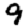
Digit: 9